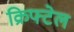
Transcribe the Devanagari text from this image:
क्रिफ्टेल